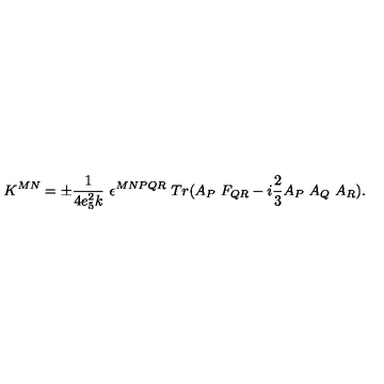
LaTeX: K ^ { M N } = \pm \frac { 1 } { 4 e _ { 5 } ^ { 2 } k } \ \epsilon ^ { M N P Q R } \ T r ( A _ { P } \ F _ { Q R } - i \frac { 2 } { 3 } A _ { P } \ A _ { Q } \ A _ { R } ) .